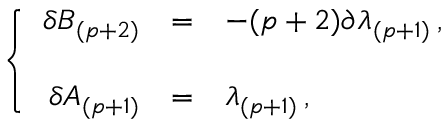
\left\{ \begin{array} { r c l } { { \delta B _ { ( p + 2 ) } } } & { { = } } & { { - ( p + 2 ) \partial \lambda _ { ( p + 1 ) } \, , } } \\ { { } } & { { } } & { { } } \\ { { \delta A _ { ( p + 1 ) } } } & { { = } } & { { \lambda _ { ( p + 1 ) } \, , } } \end{array} \right.